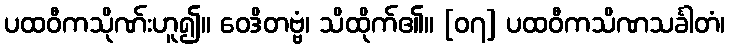
ပထဝီကသိုဏ်းဟူ၍။ ဝေဒိတဗ္ဗံ၊ သိထိုက်၏။ [၀၇] ပထဝီကသိဏသင်္ခါတံ၊